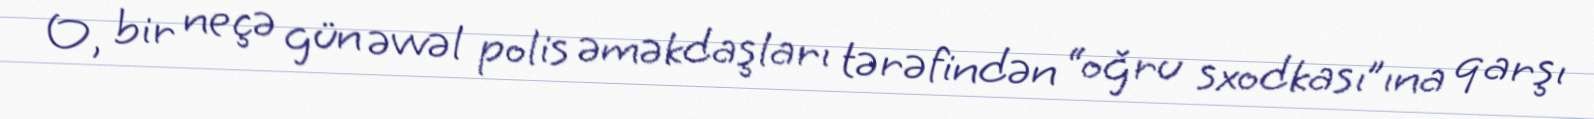
O, bir neçə gün əvvəl polis əməkdaşları tərəfindən “oğru sxodkası”ına qarşı